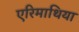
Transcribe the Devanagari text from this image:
एरिमाथिया